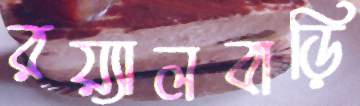
রয়্যালবাড়ি